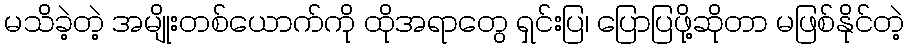
မသိခဲ့တဲ့ အမျိုးတစ်ယောက်ကို ထိုုအရာတွေ ရှင်းပြ၊ ပြောပြဖို့ဆိုတာ မဖြစ်နိုင်တဲ့